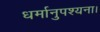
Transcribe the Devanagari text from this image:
धर्मानुपश्यना।